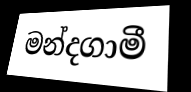
මන්දගාමී